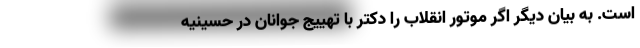
است. به بیان دیگر اگر موتور انقلاب را دکتر با تهییج جوانان در حسینیه